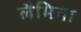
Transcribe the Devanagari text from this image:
लैमिना